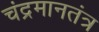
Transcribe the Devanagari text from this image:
चंद्रमानतंत्र